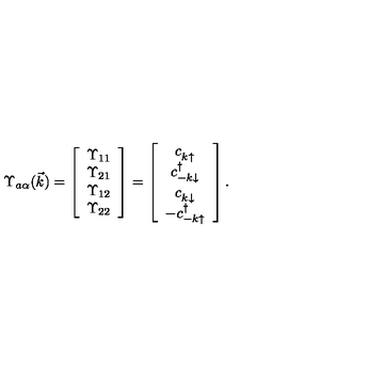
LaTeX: \Upsilon _ { a \alpha } ( \vec { k } ) = \left[ \begin{array} { c } { \Upsilon _ { 1 1 } } \\ { \Upsilon _ { 2 1 } } \\ { \Upsilon _ { 1 2 } } \\ { \Upsilon _ { 2 2 } } \\ \end{array} \right] = \left[ \begin{array} { c } { c _ { k \uparrow } ^ { \vphantom \dagger } } \\ { c _ { - k \downarrow } ^ { \dagger } } \\ { c _ { k \downarrow } ^ { \vphantom \dagger } } \\ { - c _ { - k \uparrow } ^ { \dagger } } \\ \end{array} \right] .